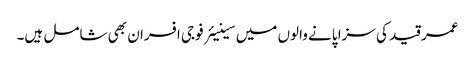
عمر قید کی سزا پانے والوں میں سینیئر فوجی افسران بھی شامل ہیں۔